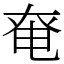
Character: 𡘤